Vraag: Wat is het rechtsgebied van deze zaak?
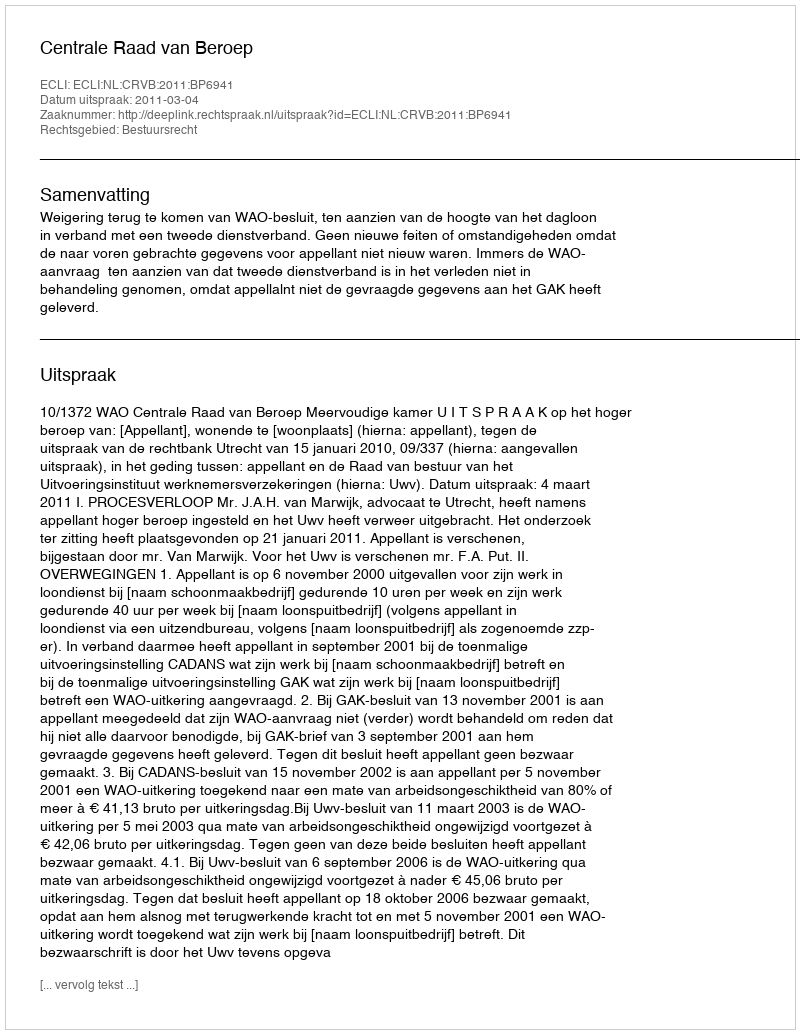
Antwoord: Bestuursrecht